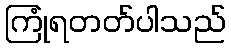
ကြုံရတတ်ပါသည်